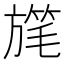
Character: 𣄓